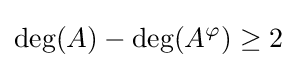
\deg(A)-\deg(A^{\varphi })\geq 2